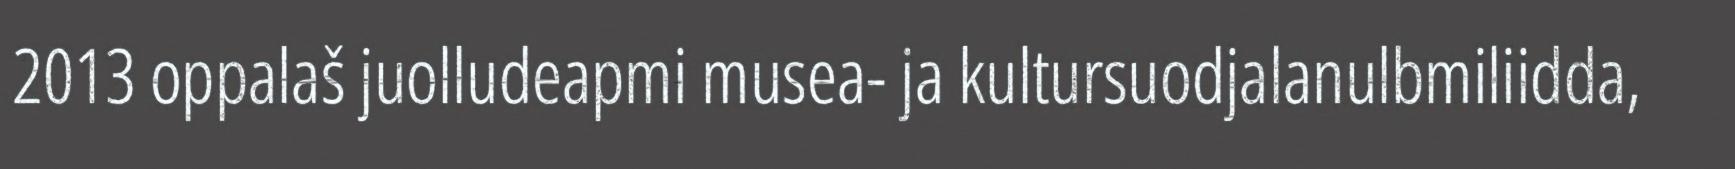
2013 oppalaš juolludeapmi musea- ja kultursuodjalanulbmiliidda,